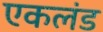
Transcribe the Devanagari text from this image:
एकलंड